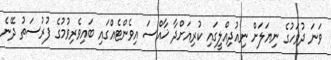
ވަނަ ދުވަހުގެ ނިޔަލަށް ނިއުދިއްލީގައި ކުރިއަށްދާ ޚާއްސަ އިވެންޓެއްގައި ބައިވެރިވުމުގެ ފުރުސަތު ދޭނެ